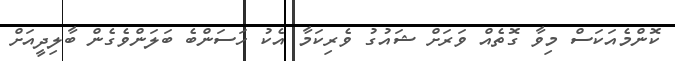
ކޮންމެއަކަސް މިވާ ގޮތެއް ވަރަށް ޝައުގު ވެރިކަމާ އެކު ހަސަންބެ ބަލަންވެގެން ބާލިދީއަށް